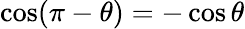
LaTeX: \cos(\pi-\theta)=-\cos\theta